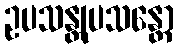
ဥပသန္တုပသန္တော